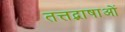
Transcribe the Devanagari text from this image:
तत्तद्भाषाओं